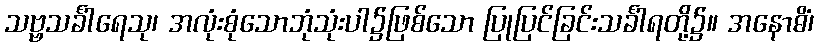
သဗ္ဗသင်္ခါရေသု၊ အလုံးစုံသောဘုံသုံးပါ၌ဖြစ်သော ပြုပြင်ခြင်းသင်္ခါရတို့၌။ အနောဓိံ၊